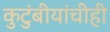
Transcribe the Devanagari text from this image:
कुटुंबीयांचीही